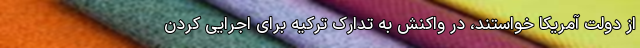
از دولت آمریکا خواستند، در واکنش به تدارک ترکیه برای اجرایی کردن